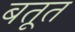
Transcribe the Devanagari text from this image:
बतूत